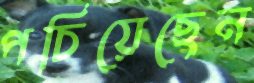
পচিয়েছেন